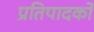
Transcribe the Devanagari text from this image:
प्रतिपादर्को